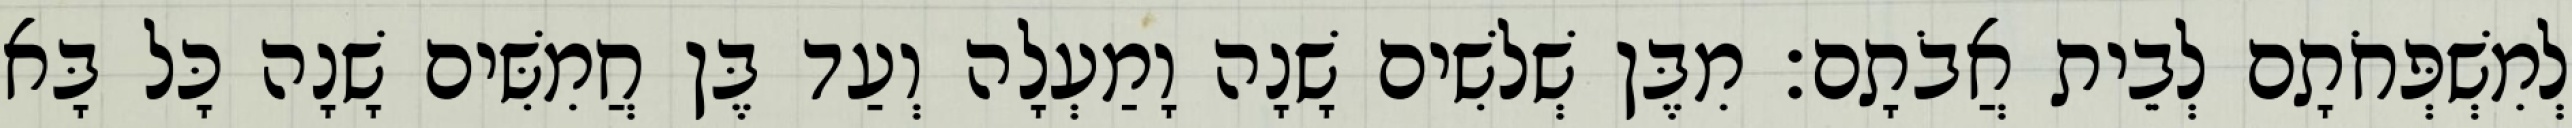
לְמִשְׁפְּחֹתָם לְבֵית אֲבֹתָם׃ מִבֶּן שְׁלשִׁים שָׁנָה וָמַעְלָה וְעַד בֶּן חֲמִשִּׁים שָׁנָה כָּל בָּא